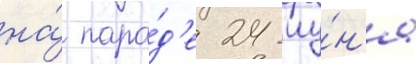
на́ пара́д'е 24 иу́н'я